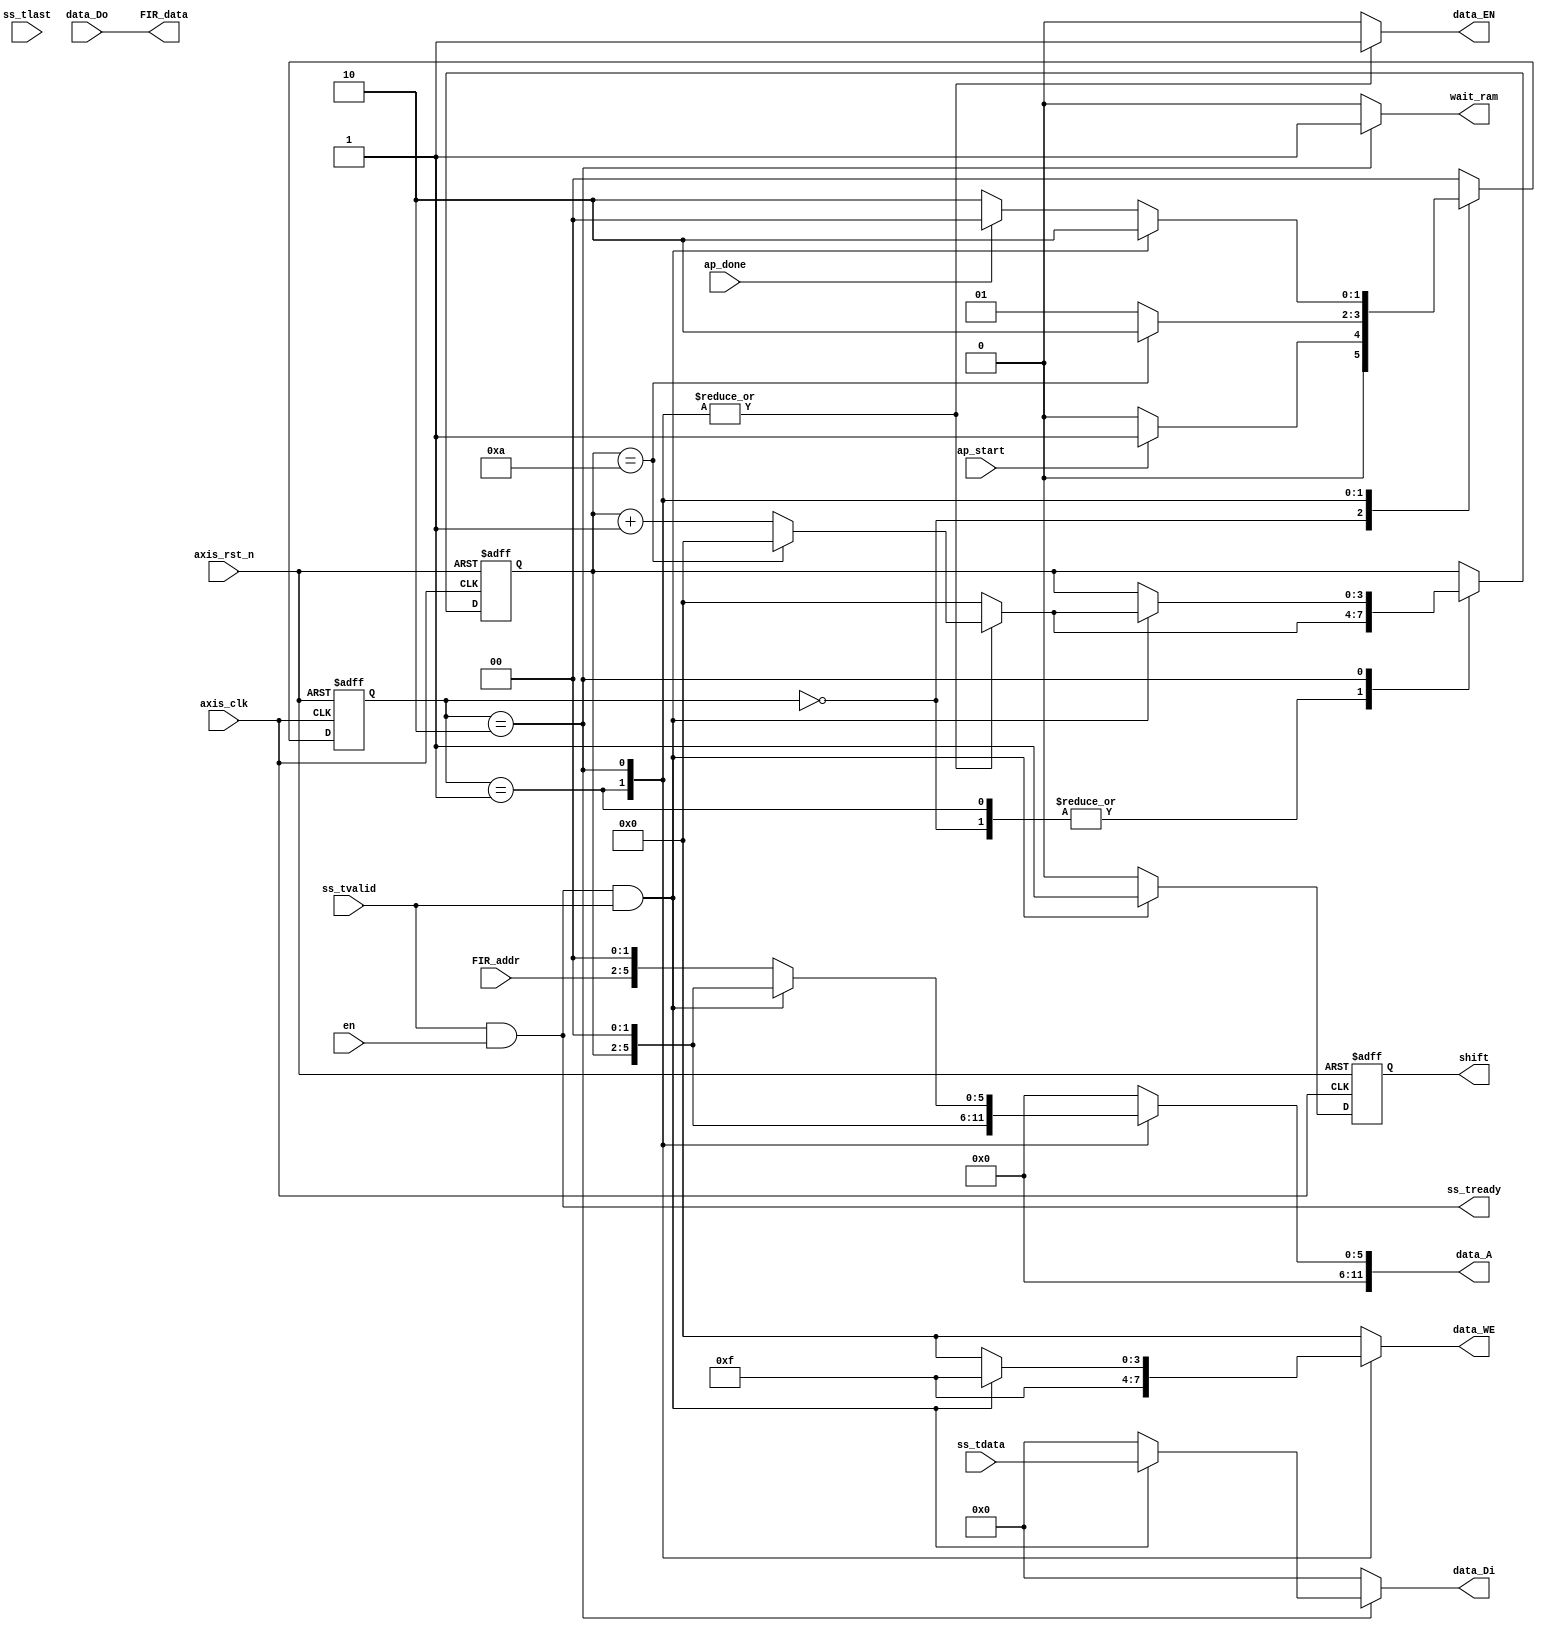
module axi_stream
#(  parameter pADDR_WIDTH = 12,
    parameter pDATA_WIDTH = 32,
    parameter Tape_Num    = 11,
    parameter RAM_bit     = log2(Tape_Num)
)
(
    input   wire                     ss_tvalid,
    input   wire [(pDATA_WIDTH-1):0] ss_tdata,
    input   wire                     ss_tlast,
    output  wire                     ss_tready,

    output  wire [3:0]               data_WE,
    output  wire                     data_EN,
    output  wire [(pDATA_WIDTH-1):0] data_Di,
    output  wire [(pADDR_WIDTH-1):0] data_A,
    input   wire [(pDATA_WIDTH-1):0] data_Do,

    input   wire                     en,
    output  wire                     shift,
    output  wire                     wait_ram,

    input   wire                     ap_start,
    input   wire                     ap_done,
    input   wire     [(RAM_bit-1):0] FIR_addr,
    output  wire [(pDATA_WIDTH-1):0] FIR_data,

    input   wire                     axis_clk,
    input   wire                     axis_rst_n
);

    reg [3:0]               data_WE_reg;
    reg                     data_EN_reg;
    reg [(pADDR_WIDTH-1):0] data_A_reg;
    reg [(pDATA_WIDTH-1):0] data_Di_reg;

    reg [(RAM_bit-1):0] write_ptr;
    reg [(RAM_bit-1):0] write_nptr;

    reg shift_reg;
    reg wait_ram_reg;

    reg           [1:0] state;
    reg           [1:0] next_state;
    localparam
    IDLE      = 2'b00,
    INIT      = 2'b01,
    WAIT      = 2'b10;

    always@(posedge axis_clk or negedge axis_rst_n) begin
        if(~axis_rst_n) begin
            state <= IDLE;
            write_ptr <= 0;
        end
        else begin
            state <= next_state;
            case(state)
                IDLE: begin
                    write_ptr <= write_nptr;
                end
                INIT:begin
                    write_ptr <= write_nptr;
                end
                WAIT:begin
                    if (w_hs) begin
                        write_ptr <= write_nptr;
                    end
                    else begin
                        write_ptr <= write_ptr;
                    end
                end
            endcase
        end
    end


    always@* begin
        case(state)
            IDLE: begin
                wait_ram_reg = 0;
                data_Di_reg = 0;
                data_A_reg  = 0;
            end
            INIT: begin
                data_Di_reg = 0;
                data_A_reg  = {6'b0,write_ptr,2'b00};
                wait_ram_reg = 0;
            end
            WAIT: begin
                wait_ram_reg = 1;
                if (w_hs) begin
                    data_Di_reg = ss_tdata;
                    data_A_reg  = {6'b0,write_ptr,2'b00};
                end
                else begin
                    data_Di_reg = 0;
                    data_A_reg  = {6'b0,FIR_addr,2'b00};
                end
            end
            default: begin
                wait_ram_reg = 0;
                data_Di_reg = 0;
                data_A_reg  = 0;
            end
        endcase
    end

    always@* begin
        case(state)
            IDLE: begin
                data_EN_reg = 0;
                data_WE_reg = 4'b0000;
            end
            INIT: begin
                data_EN_reg = 1;
                data_WE_reg = 4'b1111;
            end
            WAIT: begin
                data_EN_reg = 1;
                if (w_hs) begin
                    data_WE_reg  = {4{w_hs}};
                end
                else begin
                    data_WE_reg = 4'b0000;
                end
            end
            default: begin
                data_EN_reg = 0;
                data_WE_reg = 4'b0000;
            end
        endcase
    end

    always@* begin
        case(state)
            IDLE: begin
                if (ap_start) begin
                    next_state = INIT;
                end
                else begin
                    next_state = IDLE;
                end
                write_nptr = 0;
            end
            INIT: begin
                if (write_ptr == (Tape_Num-1)) begin
                    next_state = WAIT;
                    write_nptr = 0;
                end
                else begin
                    next_state = INIT;
                    write_nptr = write_ptr + 1;
                end
            end
            WAIT: begin
                if (w_hs) begin
                    if (write_ptr == (Tape_Num-1)) begin
                        write_nptr = 0;
                    end
                    else begin
                        write_nptr = write_ptr + 1;
                    end
                    next_state = WAIT;
                end
                else if (ap_done) begin
                    next_state = IDLE;
                    write_nptr = 0;
                end
                else begin
                    next_state = WAIT;
                    write_nptr = write_ptr;
                end
            end
            default: begin
                next_state = IDLE;
                write_nptr = 0;
            end
        endcase
    end

    always@(posedge axis_clk or negedge axis_rst_n) begin
        if(~axis_rst_n) begin
            shift_reg <= 0;
        end
        else if (w_hs) begin
            shift_reg <= 1;
        end
        else begin
            shift_reg <= 0;
        end
    end

    assign data_EN = data_EN_reg;
    assign data_WE = data_WE_reg;
    assign data_Di = data_Di_reg;
    assign data_A  = data_A_reg;
    assign ss_tready = (ss_tvalid & en);
    assign w_hs = ss_tready & ss_tvalid;

    assign shift = shift_reg;
    assign wait_ram = wait_ram_reg;

    assign FIR_data  = data_Do;

    function integer log2;
        input integer x;
        integer n, m;
        begin
            n = 1;
            m = 2;
            while (m < x) begin
                n = n + 1;
                m = m * 2;
            end
            log2 = n;
        end
    endfunction
endmodule